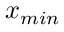
x _ { m i n }